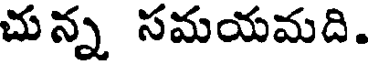
చున్న సమయమది.